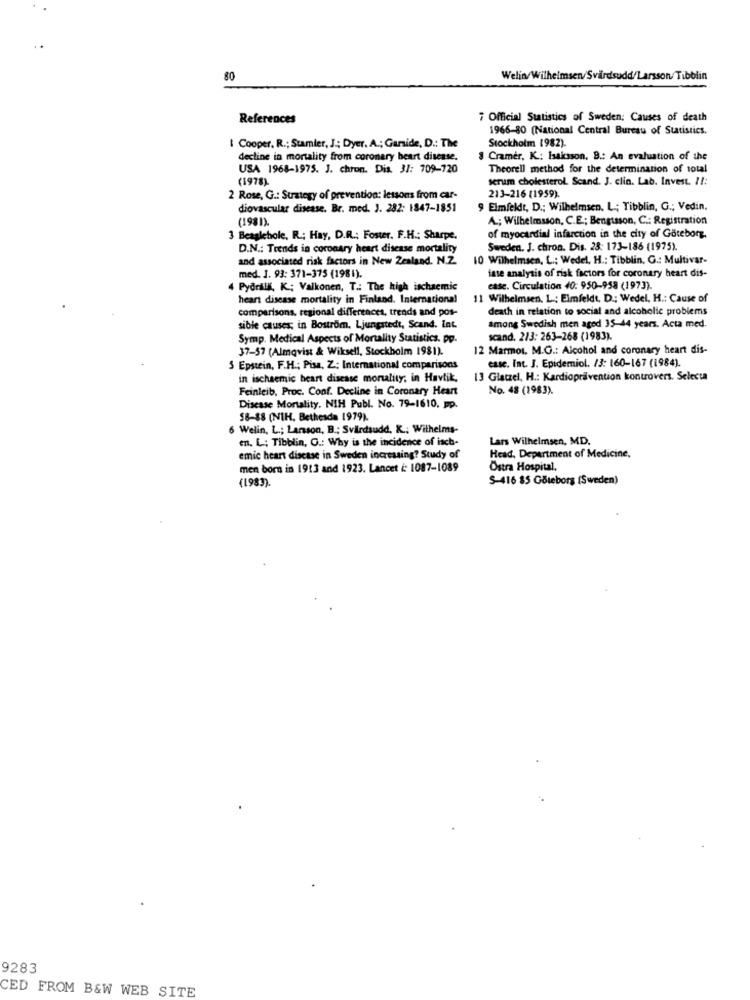
80
Welin/Wilhelmsen/Svärdsudd/Larsson Tibblin
References
7 Official Statistics of Sweden; Causes of death
1966-80 (National Central Bureau of Statistics.
I Cooper. R .; Stamler, J .; Dyer. A .; Garside, D .: The
Stockholm 1982).
decline in mortality from coronary heart disease.
Cramer, K .: Isaksson. B .: An evaluation of the
USA 1968-1975. J. chron. Dis. 3/: 709-720
Theorell method for the determination of total
(1978).
serum cholesterol. Scand. J. clin. Lab. Invest. 11:
2 Rose, G .: Strategy of prevention: lessons from car-
213-216 (1959).
diovascular disease. Br. med. J. 282: 1847-1851
9 Elmfeldt, D .; Wilhelmsen. L .; Tibblin, G .; Vedin.
(1981).
A .; Wilhelmsson, C.E .; Bengtsson, C .: Registration
3 Beaglehole, R .; Hay, D.R .: Foster, F.H .: Sharpe.
of myocardial infarction in the city of Göteborg.
D.N .: Trends in coronary heart disease mortality
Sweden. J. chron. Dis. 28: 173-186 (1975).
and associated risk factors in New Zealand. N.Z.
10 Wilhelmsen, L .; Wedel, H .: Tibblin. G .: Multivar-
med. J. 93: 371-375 (1981).
fase analysis of risk factors for coronary heart dis-
4 Pydralk, K .; Valkonen, T .: The high ischaemic
case. Circulation 40: 950-958 (1973).
heart disease mortality in Finland. International
11 Wilhelmsen. L .: Elmfeldt, D .; Wedel, H .: Cause of
comparisons, regional differences, trends and pos-
death in relation to social and alcoholic problems
sible causes; in Bostrom. Ljungstedt, Scand. Int.
among Swedish men aged 35-44 years. Acta med.
Symp. Medical Aspects of Mortality Statistics. pp.
scand. 213: 263-268 (1983).
37-57 (Almqvist & Wiksell, Stockholm 1981).
12 Marmot. M.G .: Alcohol and coronary heart dis-
case. Int. J. Epidemiol. /3: 160-167 (1984).
3 Epstein, F.H .; Pisa, Z .: International comparisons
in ischaemic heart disease mortality; in Havlik,
13 Glatzel, H .: Kardioprävention kontrovers. Selecta
Feinleib, Proc. Conf. Decline in Coronary Heart
No. 48 (1983).
Disease Mortality. NIH Publ. No. 79-1610, pp.
58-88 (NIH, Bethesda 1979).
6 Welin, L .; Larsson, B .; Svärdsudd, K .; Wilhelms-
en. L .; Tibblin, G .: Why is the incidence of isch-
Lars Wilhelmsen, MD.
emic heart disease in Sweden increasing? Study of
Head, Department of Medicine,
men born in 1913 and 1923. Lancet i: 1087-1089
Östra Hospital,
(1983).
S-416 85 Göteborg (Sweden)
9283
CED FROM B&W WEB SITE